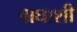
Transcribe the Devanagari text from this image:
वाघाशी